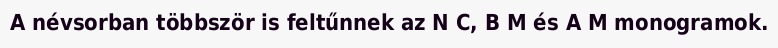
A névsorban többször is feltűnnek az N C, B M és A M monogramok.